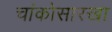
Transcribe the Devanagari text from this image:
चांकोसारखा